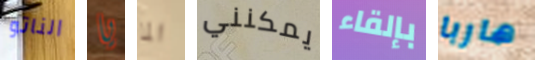
الناتو يا الما يمكنني بإلقاء هاربا